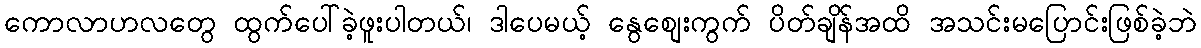
ကောလာဟလတွေ ထွက်ပေါ်ခဲ့ဖူးပါတယ်၊ ဒါပေမယ့် နွေစျေးကွက် ပိတ်ချိန်အထိ အသင်းမပြောင်းဖြစ်ခဲ့ဘဲ